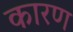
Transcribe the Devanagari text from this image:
कारण